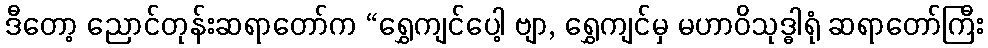
ဒီတော့ ညောင်တုန်းဆရာတော်က “ရွှေကျင်ပေါ့ ဗျာ, ရွှေကျင်မှ မဟာဝိသုဒ္ဓါရုံ ဆရာတော်ကြီး